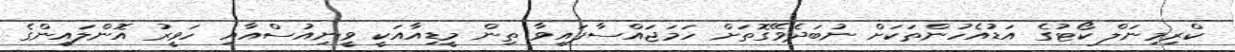
ކްރިމިނަލް ކޯޓުގެ އަޑުއެހުންތަކަށް ނުބަދެވޭގޮތަށް ހަމަޖައްސާފައިވާ ތިން މީޑިއާއަކީ ވީނިއުސްއާއި ހަވީރު އޮންލައިންގެ